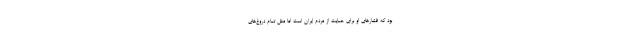
بود که فشارهای او برای حمایت از مردم ایران است اما مثل تمام دروغ‌های